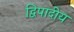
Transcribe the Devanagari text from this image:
द्विपादीय